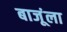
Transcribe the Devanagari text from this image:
बाजूंला